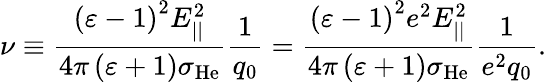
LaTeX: \nu\equiv\frac{\left(\varepsilon-1\right)^{2}E_{||}^{2}}{4\pi\left(\varepsilon+1\right)\sigma_{\mathrm{He}}}\frac{1}{q_{0}}=\frac{\left(\varepsilon-1\right)^{2}e^{2}E_{||}^{2}}{4\pi\left(\varepsilon+1\right)\sigma_{\mathrm{He}}}\frac{1}{e^{2}q_{0}}.